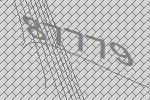
87779